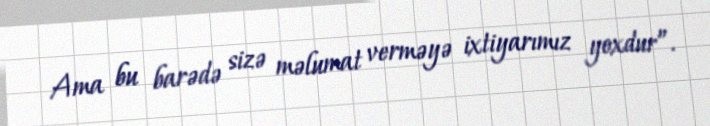
Ama bu barədə sizə məlumat verməyə ixtiyarımız yoxdur”.